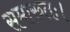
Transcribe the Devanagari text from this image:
समारुतः।